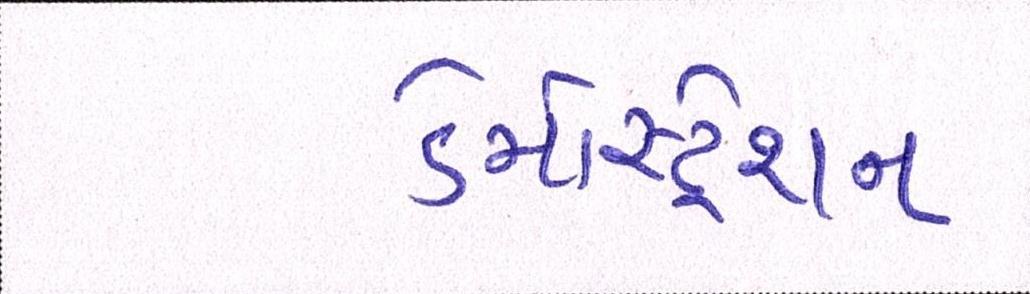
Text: ડેમોસ્ટ્રેશન